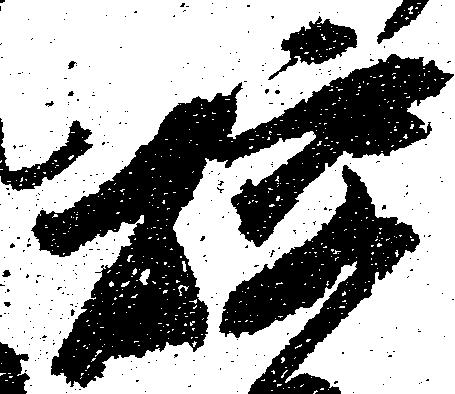
校